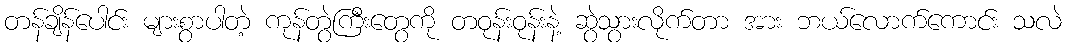
တန်ချိန်ပေါင်း များစွာပါတဲ့ ကုန်တွဲကြီးတွေကို တဝုန်းဝုန်းနဲ့ ဆွဲသွားလိုက်တာ အား ဘယ်လောက်ကောင်း သလဲ